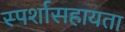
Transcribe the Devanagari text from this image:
स्पर्शासहायता